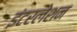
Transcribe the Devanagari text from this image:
इंटरलेशन